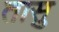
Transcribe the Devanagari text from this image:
तासु